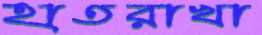
হাতরাখা